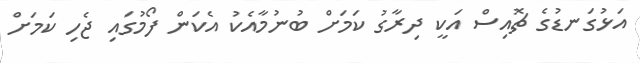
އަޅުގަނޑުގެ ޗޮއިސް އަކީ ދިރާގު ކަމަށް ބުނުމާއެކު އެކަން ފޯމުގައި ޖެހި ކަމަށް